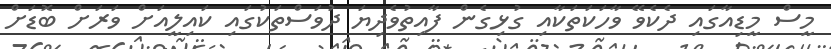
މީސް މީޑިއާގައި ދެކެވޭ ވާހަކަތަކާއި ގުޅިގެން ފާއިތުވެދިޔަ ދުވަސްތަކުގައި ކައިލީއަށް ވަރަށް ބޮޑަށް